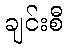
ချင်းစီ